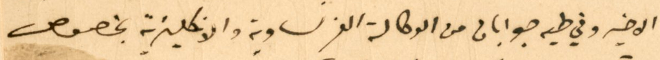
الاخير وفي طيه جوابان من الوكالة الفرنساوية والانكليزية بخصوص